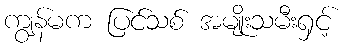
ကျွန်မက ပြင်သစ် အမျိုးသမီးရှင့်